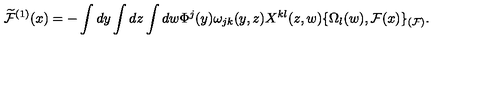
\widetilde { \cal F } ^ { ( 1 ) } ( x ) = - \int d y \int d z \int d w \Phi ^ { j } ( y ) \omega _ { j k } ( y , z ) X ^ { k l } ( z , w ) \{ \Omega _ { l } ( w ) , { \cal F } ( x ) \} _ { ( { \cal F } ) } .